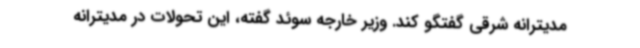
مدیترانه شرقی گفتگو کند. وزیر خارجه سوئد گفته، این تحولات در مدیترانه